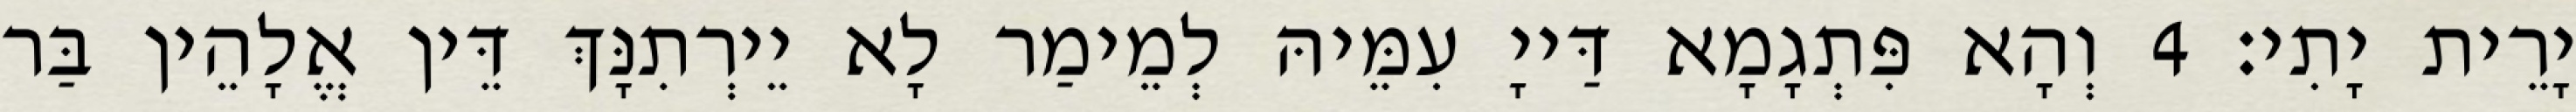
יָרֵית יָתִי׃ 4 וְהָא פִּתְגָמָא דַּייָ עִמֵּיהּ לְמֵימַר לָא יֵירְתִנָּךְ דֵּין אֱלָהֵין בַּר